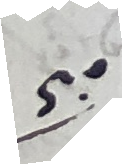
5